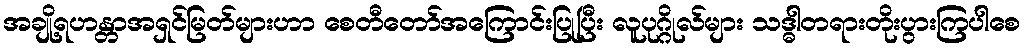
အချို့ရဟန္တာအရှင်မြတ်များဟာ စေတီတော်အကြောင်းပြုပြီး လူပုဂ္ဂိုလ်များ သဒ္ဓါတရားတိုးပွားကြပါစေ